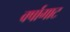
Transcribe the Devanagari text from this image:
वर्षागाट